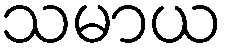
သမာယ